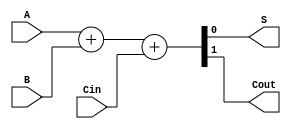
module adder1bit(A,B,Cin,S,Cout);
	input A,B,Cin;
	output S,Cout;
	reg [1:0] SUM;
	reg S, Cout;
	
	always @(A or B or Cin)
	begin
		SUM[1:0] = A + B + Cin;
		S = SUM[0];
		Cout = SUM[1];
	end

endmodule